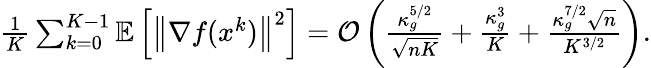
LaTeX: \begin{array}{r}{\frac{1}{K}\sum_{k=0}^{K-1}\mathbb{E}\left[\left\| \nabla f(x^{k})\right\| ^{2}\right]=\mathcal{O}\left(\frac{\kappa_{g}^{5/2}}{\sqrt{nK}}+\frac{\kappa_{g}^{3}}{K}+\frac{\kappa_{g}^{7/2}\sqrt{n}}{K^{3/2}}\right).}\end{array}